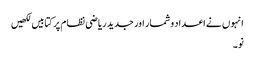
انہو ں نے اعداد وشمار اور جدید ریاضی نظام پر کتابیں لکھیں
نو۔